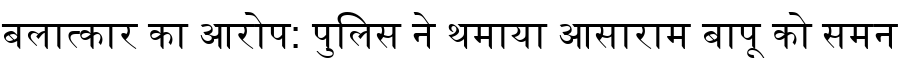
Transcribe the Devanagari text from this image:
बलात्कार का आरोप: पुलिस ने थमाया आसाराम बापू को समन